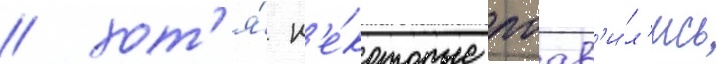
/ хот'я́ н'е́которые поав'и́л'ись